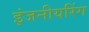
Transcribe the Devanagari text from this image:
इंजनीयरिंग